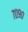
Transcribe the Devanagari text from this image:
७०९०